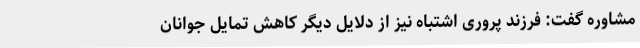
مشاوره گفت: فرزند پروری اشتباه نیز از دلایل دیگر کاهش تمایل جوانان